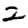
Digit: 2